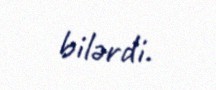
bilərdi.